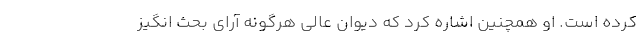
کرده است. او همچنین اشاره کرد که دیوان عالی هرگونه آرای بحث انگیز